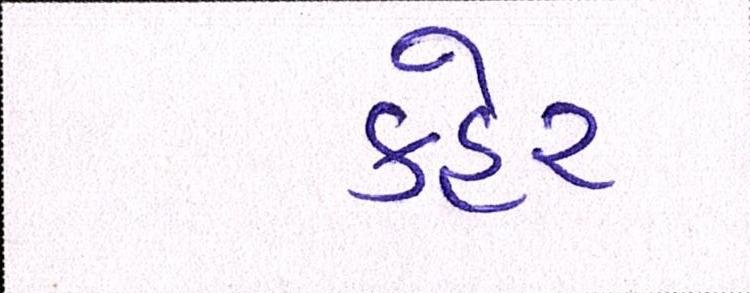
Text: કહેર